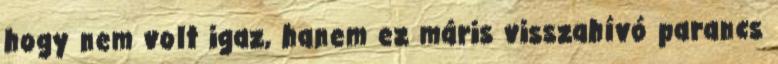
hogy nem volt igaz, hanem ez máris visszahívó parancs